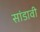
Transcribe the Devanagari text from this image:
सांडावी